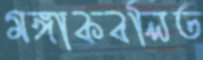
মঙ্গাকবলিত